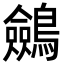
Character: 𪇇